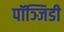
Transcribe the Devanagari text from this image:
पॉञ्जिडी